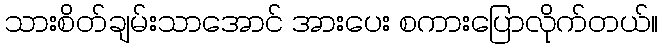
သားစိတ်ချမ်းသာအောင် အားပေး စကားပြောလိုက်တယ်။